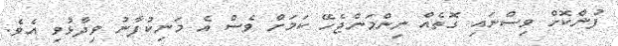
ފުންކޮށް ވިސްނައި ގޮތެއް ނިންމަންޖެހޭ ކަމަށް ވެސް އެ މަނިކުފާނު ވިދާޅުވި އެވެ.